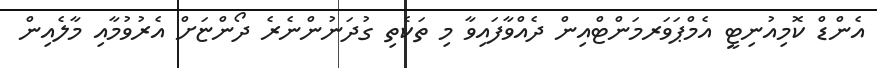
އެންޑް ކޮމިއުނިޓީ އެމްޕަވަރމަންޓްއިން ދެއްވާފައިވާ މި ތަކެތި ގުދަނުންނެރެ ދޯންޏަށް އެރުވުމާއި މާލެއިން